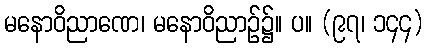
မနောဝိညာဏေ၊ မနောဝိညာဉ်၌။ ပ။ (၉၇၊ ၁၄၄)